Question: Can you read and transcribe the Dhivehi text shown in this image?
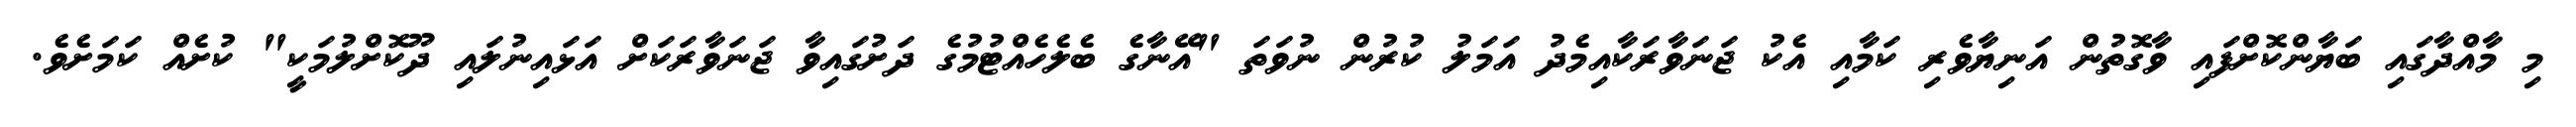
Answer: މި މާއްދާގައި ބަޔާންކޮށްފައި ވާގޮތުން އަނިޔާވެރި ކަމާއި އެކު ޖަނަވާރަކާއިމެދު އަމަލު ކުރުން ނުވަތަ "އޭނާގެ ބެލެހެއްޓުމުގެ ދަށުގައިވާ ޖަނަވާރަކަށް އަޅައިނުލައި ދޫކޮށްލުމަކީ" ކުށެއް ކަމަށެވެ.